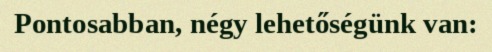
Pontosabban, négy lehetőségünk van: